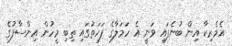
އެމެރިކާ އިން ބުނެފައި ވަނީ އެ ހަމަލާގެ ފަހަތުގައި ތިބި މީހުން އިންސާފުގެ